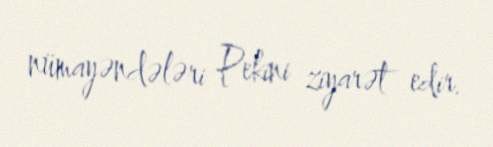
nümayəndələri Pekini ziyarət edir.